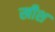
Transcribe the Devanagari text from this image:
खीश